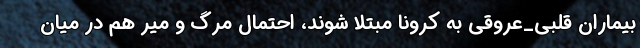
بیماران قلبی_عروقی به کرونا مبتلا شوند، احتمال مرگ و میر هم در میان